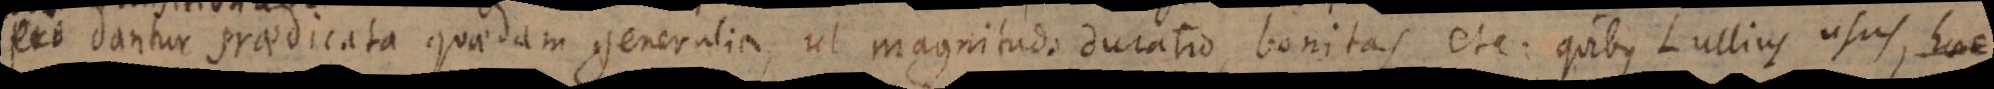
. Dantur praedicata quaedam generalia, ut magnitudo, duratio, bonitas etc. quibus Lullius usus., haec